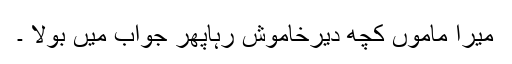
میرا ماموں کچھ دیرخاموش رہاپھر جواب میں بولا ۔